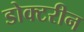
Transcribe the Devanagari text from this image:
डोक्टरीन